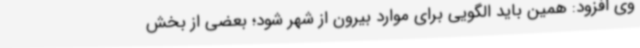
وی افزود: همین باید الگویی برای موارد بیرون از شهر شود؛ بعضی از بخش